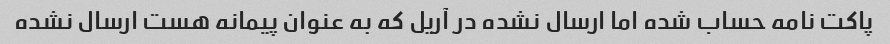
پاکت نامه حساب شده اما ارسال نشده در آریل که به عنوان پیمانه هست ارسال نشده